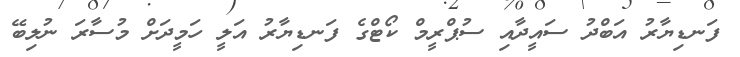
ފަނޑިޔާރު އަބްދު ސައީދާއި ސުޕްރީމް ކޯޓްގެ ފަނޑިޔާރު އަލީ ހަމީދަށް މުސާރަ ނުލިބޭ